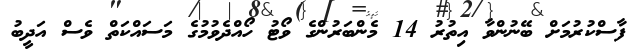
ފާސްކުރުމަށް ބޭނުންވާ އިތުރު 14 މެންބަރުންގެ ވޯޓު ހޯއްދެވުމުގެ މަސައްކަތް ވެސް އަދީބު